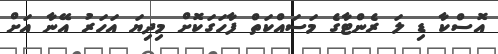
އޮސްކާ ޑި ލަ ރެންޓާގެ މަސައްކަތް ފާހަގަކޮށް މިދިޔަ އަހަރު އޭނާ އަށް